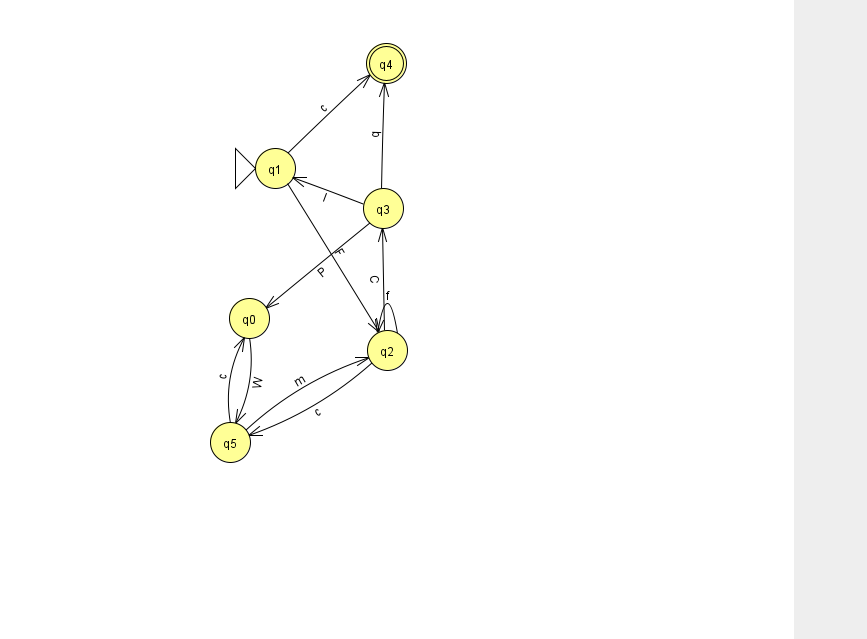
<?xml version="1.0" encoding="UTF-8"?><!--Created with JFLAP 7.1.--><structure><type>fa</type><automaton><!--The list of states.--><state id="0" name="q0"><x>249.0</x><y>305.0</y></state><state id="1" name="q1"><x>275.0</x><y>155.0</y><initial/></state><state id="2" name="q2"><x>387.0</x><y>337.0</y></state><state id="3" name="q3"><x>383.0</x><y>195.0</y></state><state id="4" name="q4"><x>386.0</x><y>50.0</y><final/></state><state id="5" name="q5"><x>230.0</x><y>429.0</y></state><!--The list of transitions.--><transition><from>2</from><to>5</to><read>c</read></transition><transition><from>3</from><to>0</to><read>P</read></transition><transition><from>2</from><to>3</to><read>C</read></transition><transition><from>5</from><to>0</to><read>c</read></transition><transition><from>1</from><to>2</to><read>F</read></transition><transition><from>2</from><to>2</to><read>f</read></transition><transition><from>0</from><to>5</to><read>W</read></transition><transition><from>3</from><to>4</to><read>q</read></transition><transition><from>1</from><to>4</to><read>c</read></transition><transition><from>3</from><to>1</to><read>l</read></transition><transition><from>5</from><to>2</to><read>m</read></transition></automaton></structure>